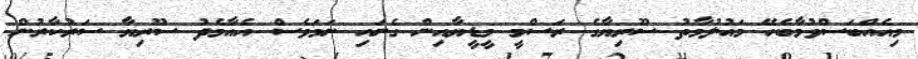
މިއެއްބަސްވުމާބެހޭ މައުލުމާތު ސޫރިޔާގެ ރަސްމީ މީޑީޔާއިން ގެނައި ނަމަވެސް އެއާމެދު ސޫރިޔާ ސަރުކާރުން